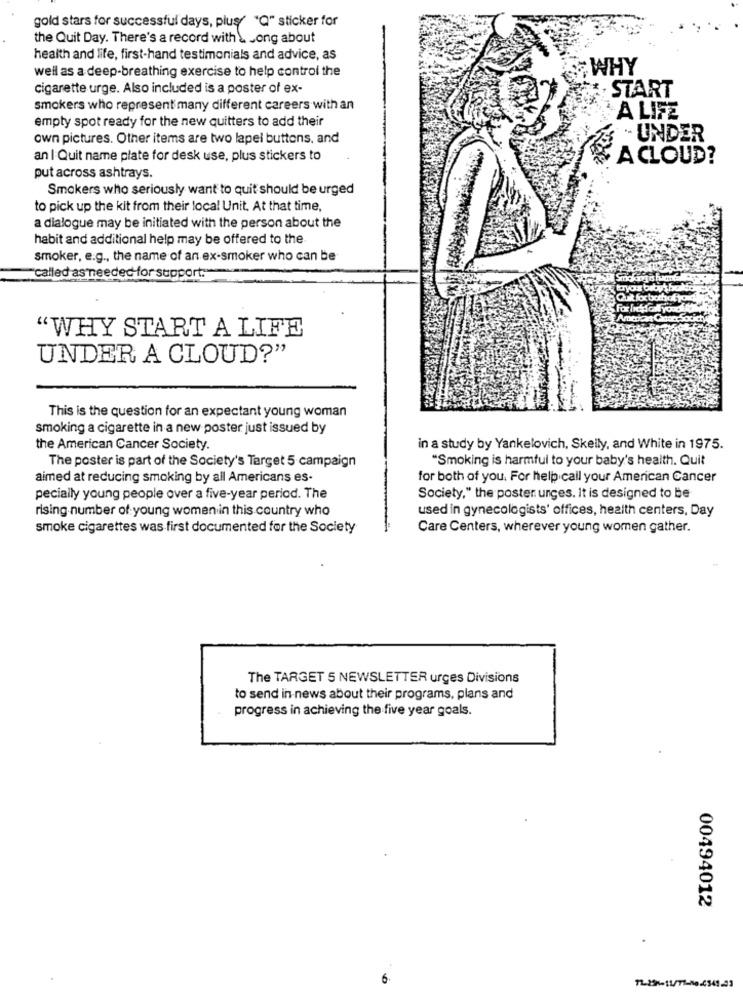
gold stars for successful days, plus "Q" sticker for
the Quit Day. There's a record with a song about
health and life, first-hand testimonials and advice, as
well as a deep-breathing exercise to help control the
WHY
cigarette urge. Also included is a poster of ex-
. START
smokers who represent many different careers with an
empty spot ready for the new quitters to add their
A LIFE
own pictures. Other items are two lapel buttons, and
. UNDER
an I Quit name plate for desk use, plus stickers to
A CLOUD?
put across ashtrays.
Smokers who seriously want to quit should be urged
to pick up the kit from their local Unit. At that time,
a dialogue may be initiated with the person about the
habit and additional help may be offered to the
smoker, e.g ., the name of an ex-smoker who can be
called as needed for support."
tryaz bitythe
Quit fox bothofyou
Amerto
"WHY START A LIFE
UNDER A CLOUD?"
This is the question for an expectant young woman
smoking a cigarette in a new poster just issued by
the American Cancer Society.
in a study by Yankelovich, Skelly, and White in 1975.
The poster is part of the Society's Target 5 campaign
"Smoking is harmful to your baby's health. Quit
aimed at reducing smoking by all Americans es.
for both of you. For help call your American Cancer
pecially young people over a five-year period. The
Society," the poster unges. It is designed to be
rising number of young women in this country who
used in gynecologists' offices, health centers, Day
smoke cigarettes was first documented for the Society
Care Centers, wherever young women gather.
The TARGET 5 NEWSLETTER urges Divisions
to send in-news about their programs, plans and
progress in achieving the five year goals.
00494012
6